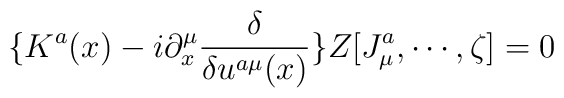
\{K^a(x)-i\partial _x^\mu \frac \delta {\delta u^{a\mu }(x)}\}Z[J_\mu^a,\cdots ,\zeta ]=0